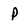
Character: P